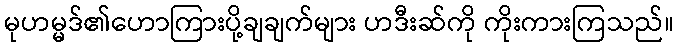
မုဟမ္မဒ်၏ဟောကြားပို့ချချက်များ ဟဒီးဆ်ကို ကိုးကားကြသည်။